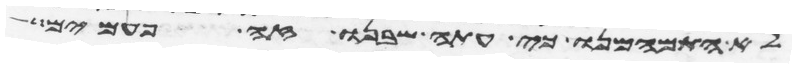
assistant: לא התמהמנו כי עתה שבנו זה פעמים